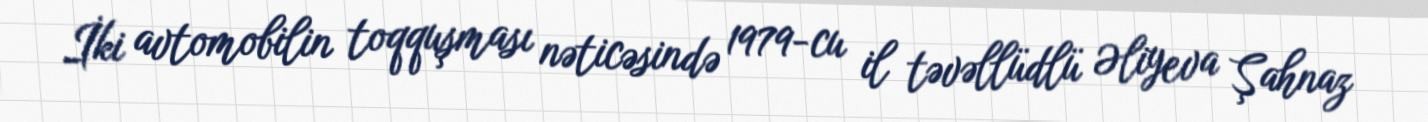
İki avtomobilin toqquşması nəticəsində 1979-cu il təvəllüdlü Əliyeva Şahnaz